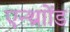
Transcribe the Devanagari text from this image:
एन्थ्राोंड